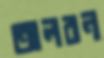
তালবন